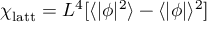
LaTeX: \chi _ { \mathrm { l a t t } } = L ^ { 4 } [ \langle | \phi | ^ { 2 } \rangle - \langle | \phi | \rangle ^ { 2 } ]